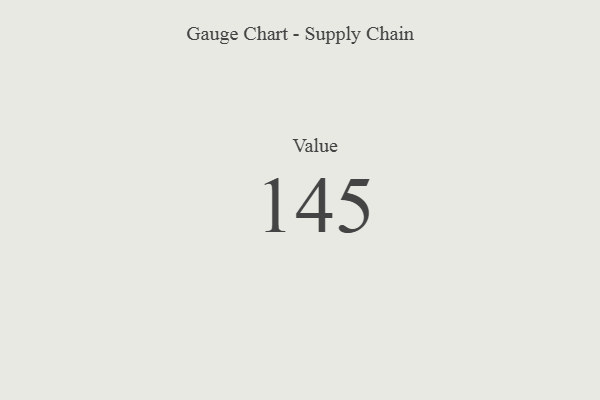
{"axis": {"x": "Metric", "y": "Value"}, "legend": [""], "data": [{"x": "Value", "y": 145, "type": ""}]}